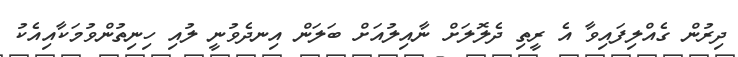
ދިރުން ގެއްލިފައިވާ އެ ރީތި ދެލޮލަށް ނާއިލުއަށް ބަލަން އިނދެވުނީ ލުއި ހިނިތުންވުމަކާއިއެކު